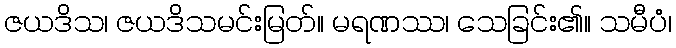
ဇယဒိသ၊ ဇယဒိသမင်းမြတ်။ မရဏဿ၊ သေခြင်း၏။ သမီပံ၊